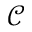
\mathscr { C }